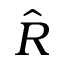
\hat { R }